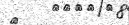
٦